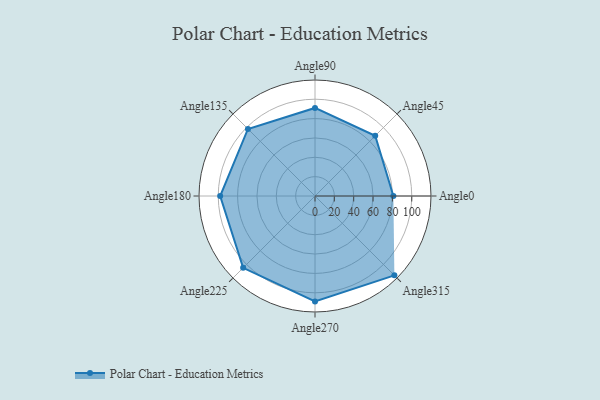
{"axis": {"x": "Angle", "y": "Radius"}, "legend": [""], "data": [{"x": "Angle0", "y": 81.0, "type": ""}, {"x": "Angle45", "y": 88.0, "type": ""}, {"x": "Angle90", "y": 91.0, "type": ""}, {"x": "Angle135", "y": 98.0, "type": ""}, {"x": "Angle180", "y": 98.0, "type": ""}, {"x": "Angle225", "y": 105.0, "type": ""}, {"x": "Angle270", "y": 109.0, "type": ""}, {"x": "Angle315", "y": 116.0, "type": ""}]}